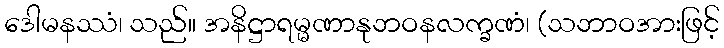
ဒေါမနဿံ၊ သည်။ အနိဋ္ဌာရမ္မဏာနုဘဝနလက္ခဏံ၊ (သဘာဝအားဖြင့်